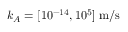
k _ { A } = [ 1 0 ^ { - 1 4 } , 1 0 ^ { 5 } ] \; \mathrm { m } / \mathrm { s }